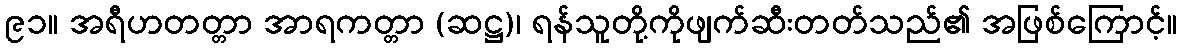
၉၁။ အရီဟတတ္တာ အာရကတ္တာ (ဆဋ္ဌ)၊ ရန်သူတို့ကိုဖျက်ဆီးတတ်သည်၏ အဖြစ်ကြောင့်။